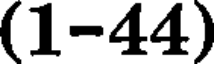
(1-44)